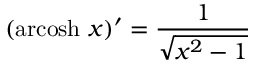
( \operatorname { a r c o s h } \, x ) ^ { \prime } = { \frac { 1 } { \sqrt { x ^ { 2 } - 1 } } }